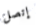
إتصل